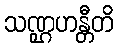
သဏ္ဌဟန္တီတိ